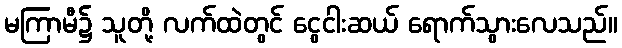
မကြာမီ၌ သူတို့ လက်ထဲတွင် ငွေငါးဆယ် ရောက်သွားလေသည်။